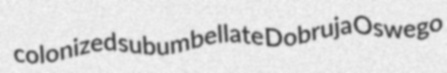
colonized subumbellate Dobruja Oswego